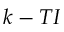
k - T I